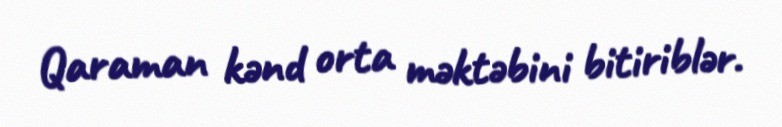
Qaraman kənd orta məktəbini bitiriblər.